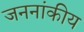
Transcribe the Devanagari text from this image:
जननांकीय